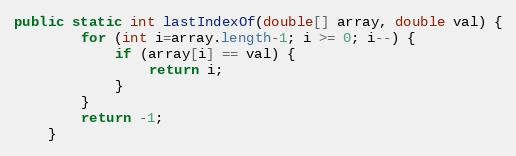
Language: Java
public static int lastIndexOf(double[] array, double val) {
        for (int i=array.length-1; i >= 0; i--) {
            if (array[i] == val) {
                return i;
            }
        }
        return -1;
    }